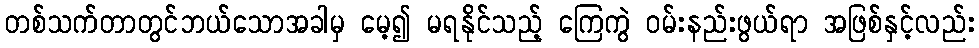
တစ်သက်တာတွင်ဘယ်သောအခါမှ မေ့၍ မရနိုင်သည့် ကြေကွဲ ဝမ်းနည်းဖွယ်ရာ အဖြစ်နှင့်လည်း